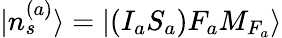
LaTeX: |n_{s}^{(a)}\rangle=|(I_{a}S_{a})F_{a}M_{F_{a}}\rangle